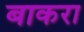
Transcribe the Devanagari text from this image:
बाकरा